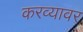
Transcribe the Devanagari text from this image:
करव्यावर